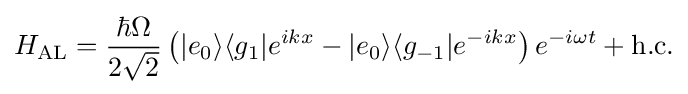
H_{\mathrm {AL} }={\frac {\hbar \Omega }{2{\sqrt {2}}}}\left(|e_{0}\rangle \langle g_{1}|e^{ikx}-|e_{0}\rangle \langle g_{-1}|e^{-ikx}\right)e^{-i\omega t}+\mathrm {h.c.}